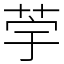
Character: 荢